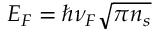
E _ { F } = \hbar { \nu _ { F } } \sqrt { \pi { n _ { s } } }